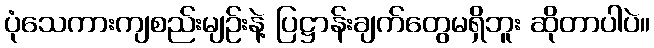
ပုံသေကားကျစည်းမျဉ်းနဲ့ ပြဋ္ဌာန်းချက်တွေမရှိဘူး ဆိုတာပါပဲ။